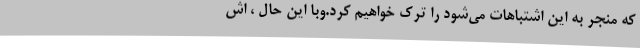
که منجر به این اشتباهات می‌شود را ترک خواهیم کرد.وبا این حال ، اش